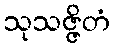
သုသဇ္ဇိတံ